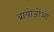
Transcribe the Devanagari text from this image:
ब्रायोजोआ